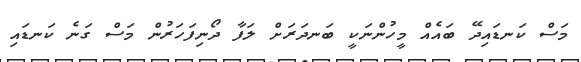
މަސް ކަނޑައިދޭ ބައެއް މީހުންނަކީ ބަނދަރަށް ލަފާ ދޯނިފަހަރުން މަސް ގަނެ ކަނޑައި